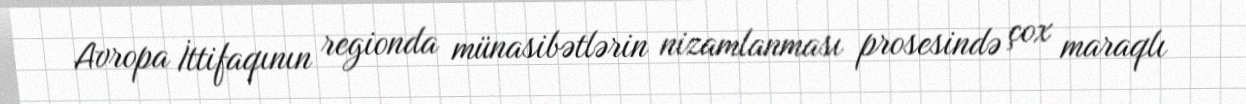
Avropa İttifaqının regionda münasibətlərin nizamlanması prosesində çox maraqlı